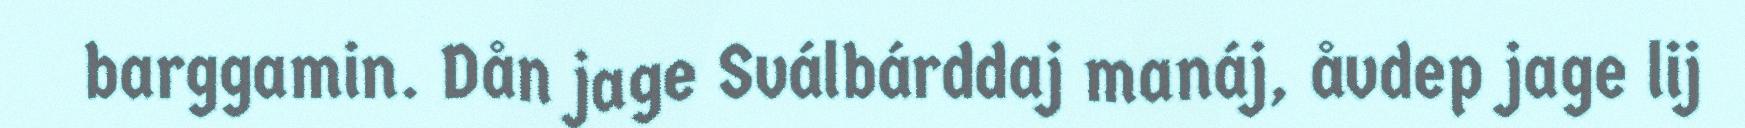
barggamin. Dån jage Sválbárddaj manáj, åvdep jage lij